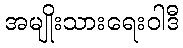
အမျိုးသားရေးဝါဒီ